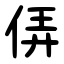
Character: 㑝